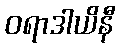
ဝရာဒါယိနီ